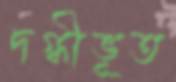
দগ্ধীভূত